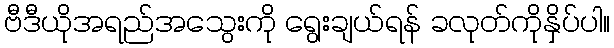
ဗီဒီယိုအရည်အသွေးကို ရွေးချယ်ရန် ခလုတ်ကိုနှိပ်ပါ။